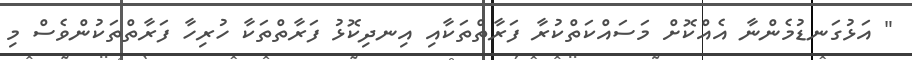
" އަޅުގަނޑުމެންނާ އެއްކޮށް މަސައްކަތްކުރާ ފަރާތްތަކާއި އިނދިކޮޅު ފަރާތްތަކާ ހުރިހާ ފަރާތްތަކުންވެސް މި